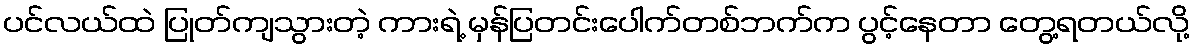
ပင်လယ်ထဲ ပြုတ်ကျသွားတဲ့ ကားရဲ့ မှန်ပြတင်းပေါက်တစ်ဘက်က ပွင့်နေတာ တွေ့ရတယ်လို့